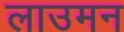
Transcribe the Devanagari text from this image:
लाउमन